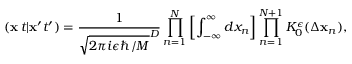
( { \bf x } \, t \vert { \bf x } ^ { \prime } t ^ { \prime } ) = \frac { 1 } { \sqrt { 2 \pi i \epsilon \hbar / M } ^ { D } } \prod _ { n = 1 } ^ { N } \left[ \int _ { - \infty } ^ { \infty } d x _ { n } \right] \prod _ { n = 1 } ^ { N + 1 } K _ { 0 } ^ { \epsilon } ( \Delta { \bf x } _ { n } ) ,